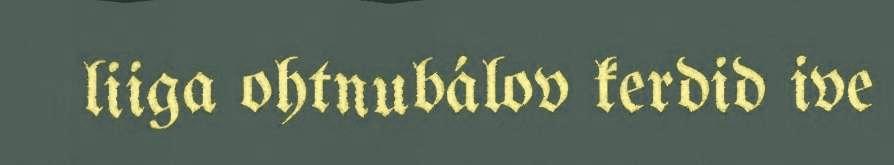
liiga ohtnubálov kerdid ive